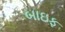
બાઇફ